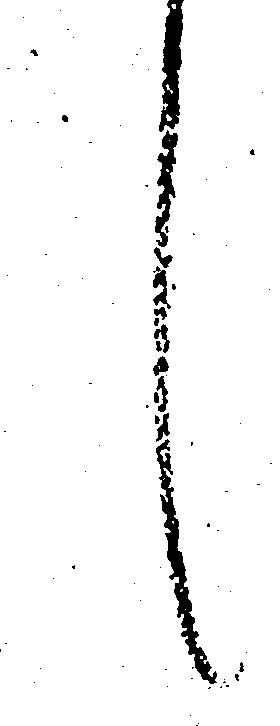
候